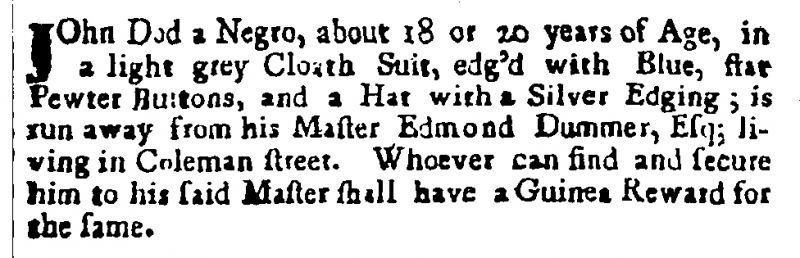
Post Man and the Historical Account, 4 October 1705 (England)
JOhn Dod a Negro, about 18 or 20 years of Age, in a light grey Cloath Suit, edg’d with Blue, flat Pewter Buttons, and a Hat with a Silver Edging; is run away from his Master Edmond Dummer, Esq; living in Coleman street. Whoever can find and secure him to his said Master shall have a Guinea Reward for the same.